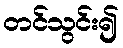
တင်သွင်း၍